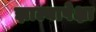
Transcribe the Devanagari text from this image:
झाल्यापेक्षा